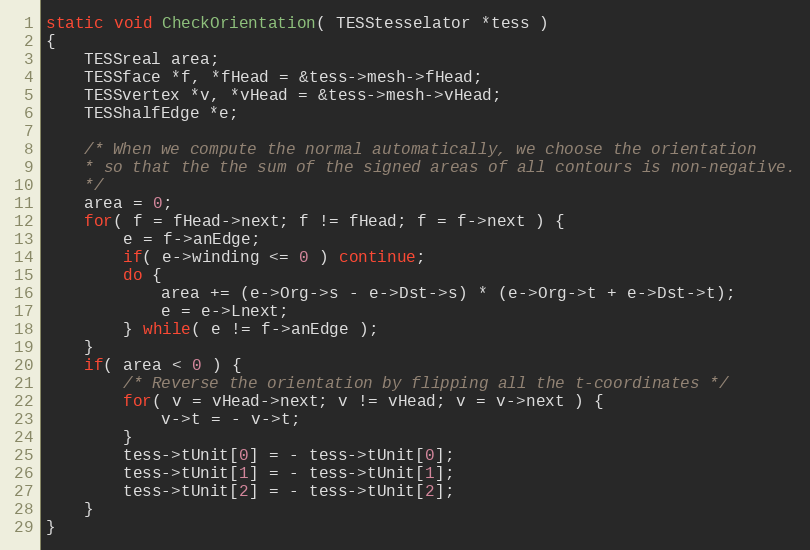
Language: C
static void CheckOrientation( TESStesselator *tess )
{
	TESSreal area;
	TESSface *f, *fHead = &tess->mesh->fHead;
	TESSvertex *v, *vHead = &tess->mesh->vHead;
	TESShalfEdge *e;

	/* When we compute the normal automatically, we choose the orientation
	* so that the the sum of the signed areas of all contours is non-negative.
	*/
	area = 0;
	for( f = fHead->next; f != fHead; f = f->next ) {
		e = f->anEdge;
		if( e->winding <= 0 ) continue;
		do {
			area += (e->Org->s - e->Dst->s) * (e->Org->t + e->Dst->t);
			e = e->Lnext;
		} while( e != f->anEdge );
	}
	if( area < 0 ) {
		/* Reverse the orientation by flipping all the t-coordinates */
		for( v = vHead->next; v != vHead; v = v->next ) {
			v->t = - v->t;
		}
		tess->tUnit[0] = - tess->tUnit[0];
		tess->tUnit[1] = - tess->tUnit[1];
		tess->tUnit[2] = - tess->tUnit[2];
	}
}